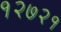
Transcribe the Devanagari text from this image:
१२७२१